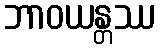
ဘာဝယန္တဿ